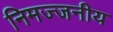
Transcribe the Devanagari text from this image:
निमज्जनीय